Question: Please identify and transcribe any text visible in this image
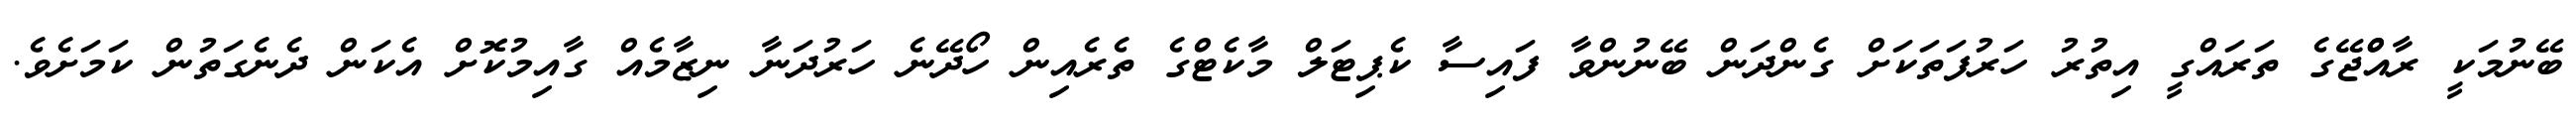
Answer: ބޭނުމަކީ ރާއްްޖޭގެ ތަރައްގީ އިތުރު ހަރުފަތަކަށް ގެންދަން ބޭނުންވާ ފައިސާ ކެޕިޓަލް މާކެޓްގެ ތެރެއިން ހޯދޭނެ ހަރުދަނާ ނިޒާމެއް ގާއިމުކޮށް އެކަން ދެނެގަތުން ކަމަށެވެ.